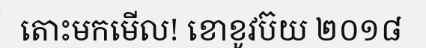
តោះមកមើល! ខោខូវប៊យ ២០១៨